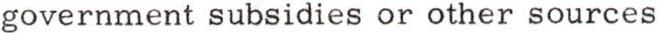
government subsidies or other sources